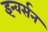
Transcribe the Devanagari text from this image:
इन्वर्सन